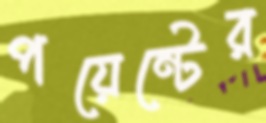
পয়েন্টের